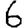
Digit: 6